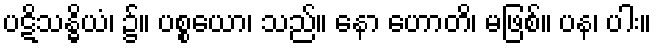
ပဋိသန္ဓိယံ၊ ၌။ ပစ္စယော၊ သည်။ နော ဟောတိ၊ မဖြစ်။ ပန၊ ပါး။